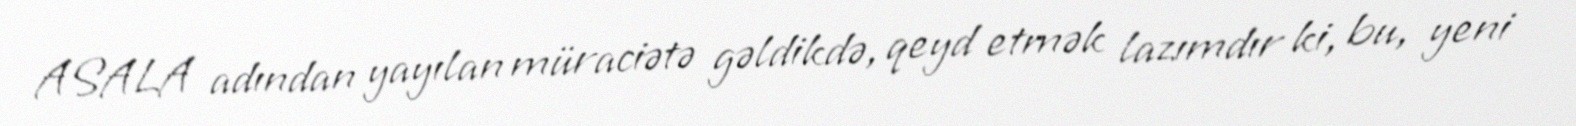
ASALA adından yayılan müraciətə gəldikdə, qeyd etmək lazımdır ki, bu, yeni